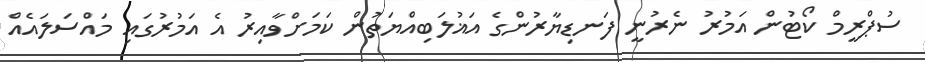
ސުޕްރީމް ކޯޓުން އަމުރު ނެރުނީ ފަނޑިޔާރުންގެ އަޣުލަބިއްޔަތުން ކަމަށްވާއިރު އެ އަމުރުގައި މައްސަލައެއް